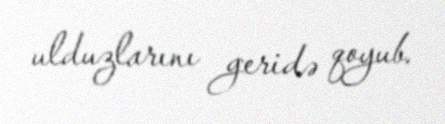
ulduzlarını geridə qoyub.